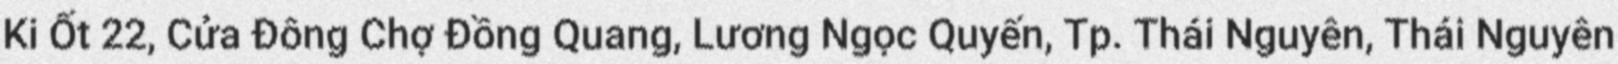
Ki Ốt 22, Cửa Đông Chợ Đồng Quang, Lương Ngọc Quyến, Tp. Thái Nguyên, Thái Nguyên